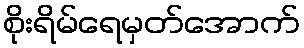
စိုးရိမ်ရေမှတ်အောက်